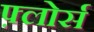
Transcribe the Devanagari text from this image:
फ़्लोर्स